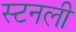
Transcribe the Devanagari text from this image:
स्टनली